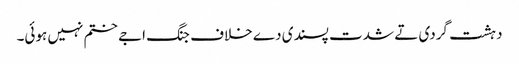
دہشت گردی تے شدت پسندی دے خلاف جنگ اجے ختم نہیں ہوئی۔